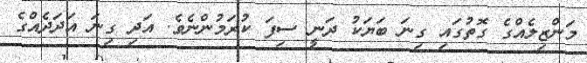
މަންޒިލެއްގެ ގޮތުގައި ގިނަ ބަޔަކު ދަނީ ސިފަ ކުރަމުންނެވެ. އަދި ގިނަ އަދަދެއްގެ